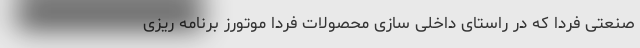
صنعتی فردا که در راستای داخلی سازی محصولات فردا موتورز برنامه ریزی